Lunatic asylums United Provinces 1909-1921 - 1909-1921
Year: 1909
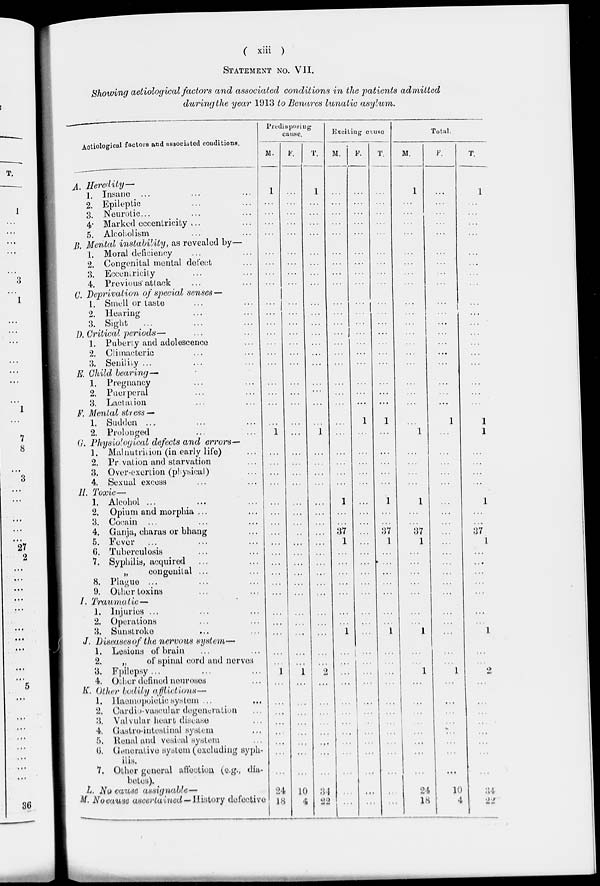
( xiii )
STATEMENT NO. VII.
Showing aetiological factors and associated conditions in the patients admitted
during the year 1913 to Benares lunatic asylum.
Aotiological factors and associated conditions.
2.
3.
4-
5.
Predisposing
cause.
M.
A. Heredity—
1. Insane ...
Epileptic
Neurotic...
Marked eccentricity ...
Alcoholism
B. Mental instability, as revealed by—
1. Moral deficiency
2. Congenital mental delect
3. Eccentricity
4. Previous attack
C. Deprivation of special seiises—
1. Smell or taste
2. Hearing
3. Sight
...
J). Critical periods—
1. Puberty and adolescence
2. Climacteric
3. Senility ...
E. Child bearing—'
1. Pregnancy
2. Puerperal
3. Lactation
F. Mental stress —
1. Sudden ..,
2. Prolonged
(j. Physiological defects and errors—
1, Malnutrition (in early life)
2. Privation and starvation
3, Over-exertion (physical)
4. Sexual excess
II. Toxic—
1. Alcohol ...
2. Opium and morphia ...
3. Cocain
4. Ganja, charas or bhang
5. Fever
6. Tuberculosis
7. Syphilis, acquired
„
congenital ...
8. Plague ...
9. Oilier toxins
/. Traumatic —
1. Injuries ...
2. Operations
3. Sunstroke
J. Diseases of the nervous system—
1. Lesions of brain
2.
„
of spinal cord and nerves
3. Fpilepsy ...
4. Other defined neuroses
K- Other bodily ajjlivt'ums—
1. Haemopoietiosystem ..,
Cardio-vascnlar degeneration
Valvular heart disease
Castro-intestinal system
Renal and vesioal system
Generative system (excluding syph-
ilis.
7. Other general affection (e.g., dia-
betes).
L. No cause assigu(d>!e—
M. No cause ascertained — History defective
l<\
Exciting causo
M.
P.
Total.
M.
F.
1
1
37
1
37
2.
3.
4.
5.
0.
24
IS
37
1
37
10
4
34
'>
24
IK
10
4
0/